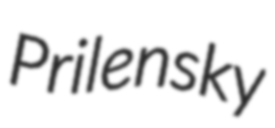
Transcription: Prilensky